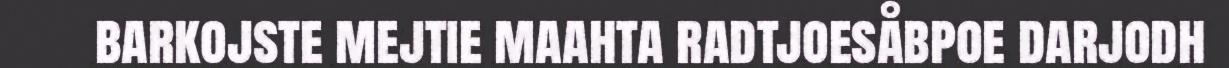
barkojste mejtie maahta radtjoesåbpoe darjodh